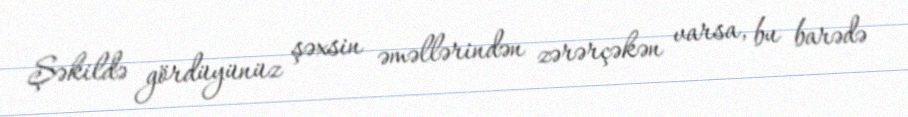
Şəkildə gördüyünüz şəxsin əməllərindən zərərçəkən varsa, bu barədə